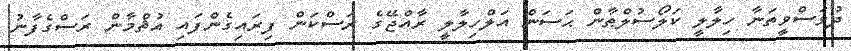
ދުވަސްވީތަނާ ހިލާލީ ކަލޯސުލްޠާން ޙަސަން އަލްހިލާލީ ރާއްޖޭގެ ރަސްކަން ފިރައިގެންފައި އުޘްމާން ރަސްގެފާނު